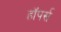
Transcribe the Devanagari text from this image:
हॉपर्स